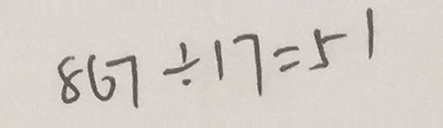
8 6 7 \div 1 7 = 5 1